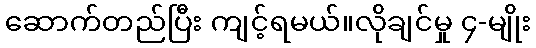
ဆောက်တည်ပြီး ကျင့်ရမယ်။လိုချင်မှု ၄-မျိုး